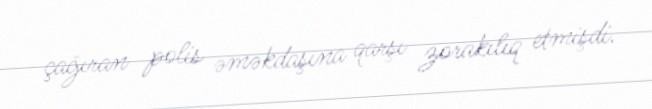
çağıran polis əməkdaşına qarşı zorakılıq etmişdi.